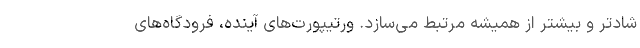
شادتر و بیشتر از همیشه مرتبط می‌سازد. ورتیپورت‌های آینده، فرودگاه‌های